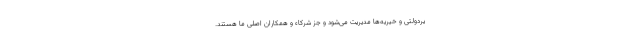
یردولتی و خیریه‌ها مدیریت می‌شود و جز شرکاء و همکاران اصلی ما هستند.